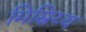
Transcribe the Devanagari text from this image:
मिस्रिय्य